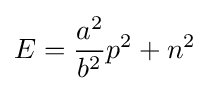
E={\frac {a^{2}}{b^{2}}}p^{2}+n^{2}